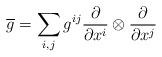
LaTeX: \begin{align*}\overline{g}=\sum_{i,j}g^{ij}\frac{\partial}{\partial x^i}\otimes \frac{\partial}{\partial x^j}\end{align*}